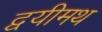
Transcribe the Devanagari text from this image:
द्वयीमथ